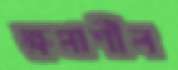
ক্ষমাশীল